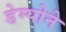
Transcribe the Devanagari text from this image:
डेम्पोने